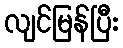
လျင်မြန်ပြီး